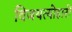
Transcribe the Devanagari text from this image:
विजयत्योहारों